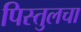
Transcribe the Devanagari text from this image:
पिस्तुलचा